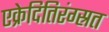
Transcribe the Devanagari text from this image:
एक्रेदितिरंग्स्रत